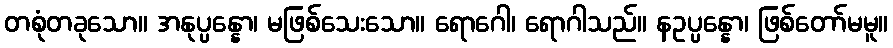
တစုံတခုသော။ အနုပ္ပန္နော၊ မဖြစ်သေးသော။ ရောဂေါ၊ ရောဂါသည်။ နဥပ္ပန္နော၊ ဖြစ်တော်မမူ။